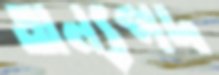
অন্যপদ